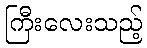
ကြီးလေးသည့်